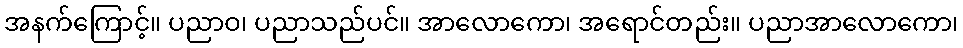
အနက်ကြောင့်။ ပညာဝ၊ ပညာသည်ပင်။ အာလောကော၊ အရောင်တည်း။ ပညာအာလောကော၊